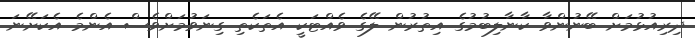
ދިރިއުޅުމަށް ބޭނުންވާ ކާނާލިބުމުގެ އިތުރުން ލޭގެ ވެއްޓަކީ އެތަކެތި ގިނަވުމަށްވެސް އެންމެ އެކަށޭނަ